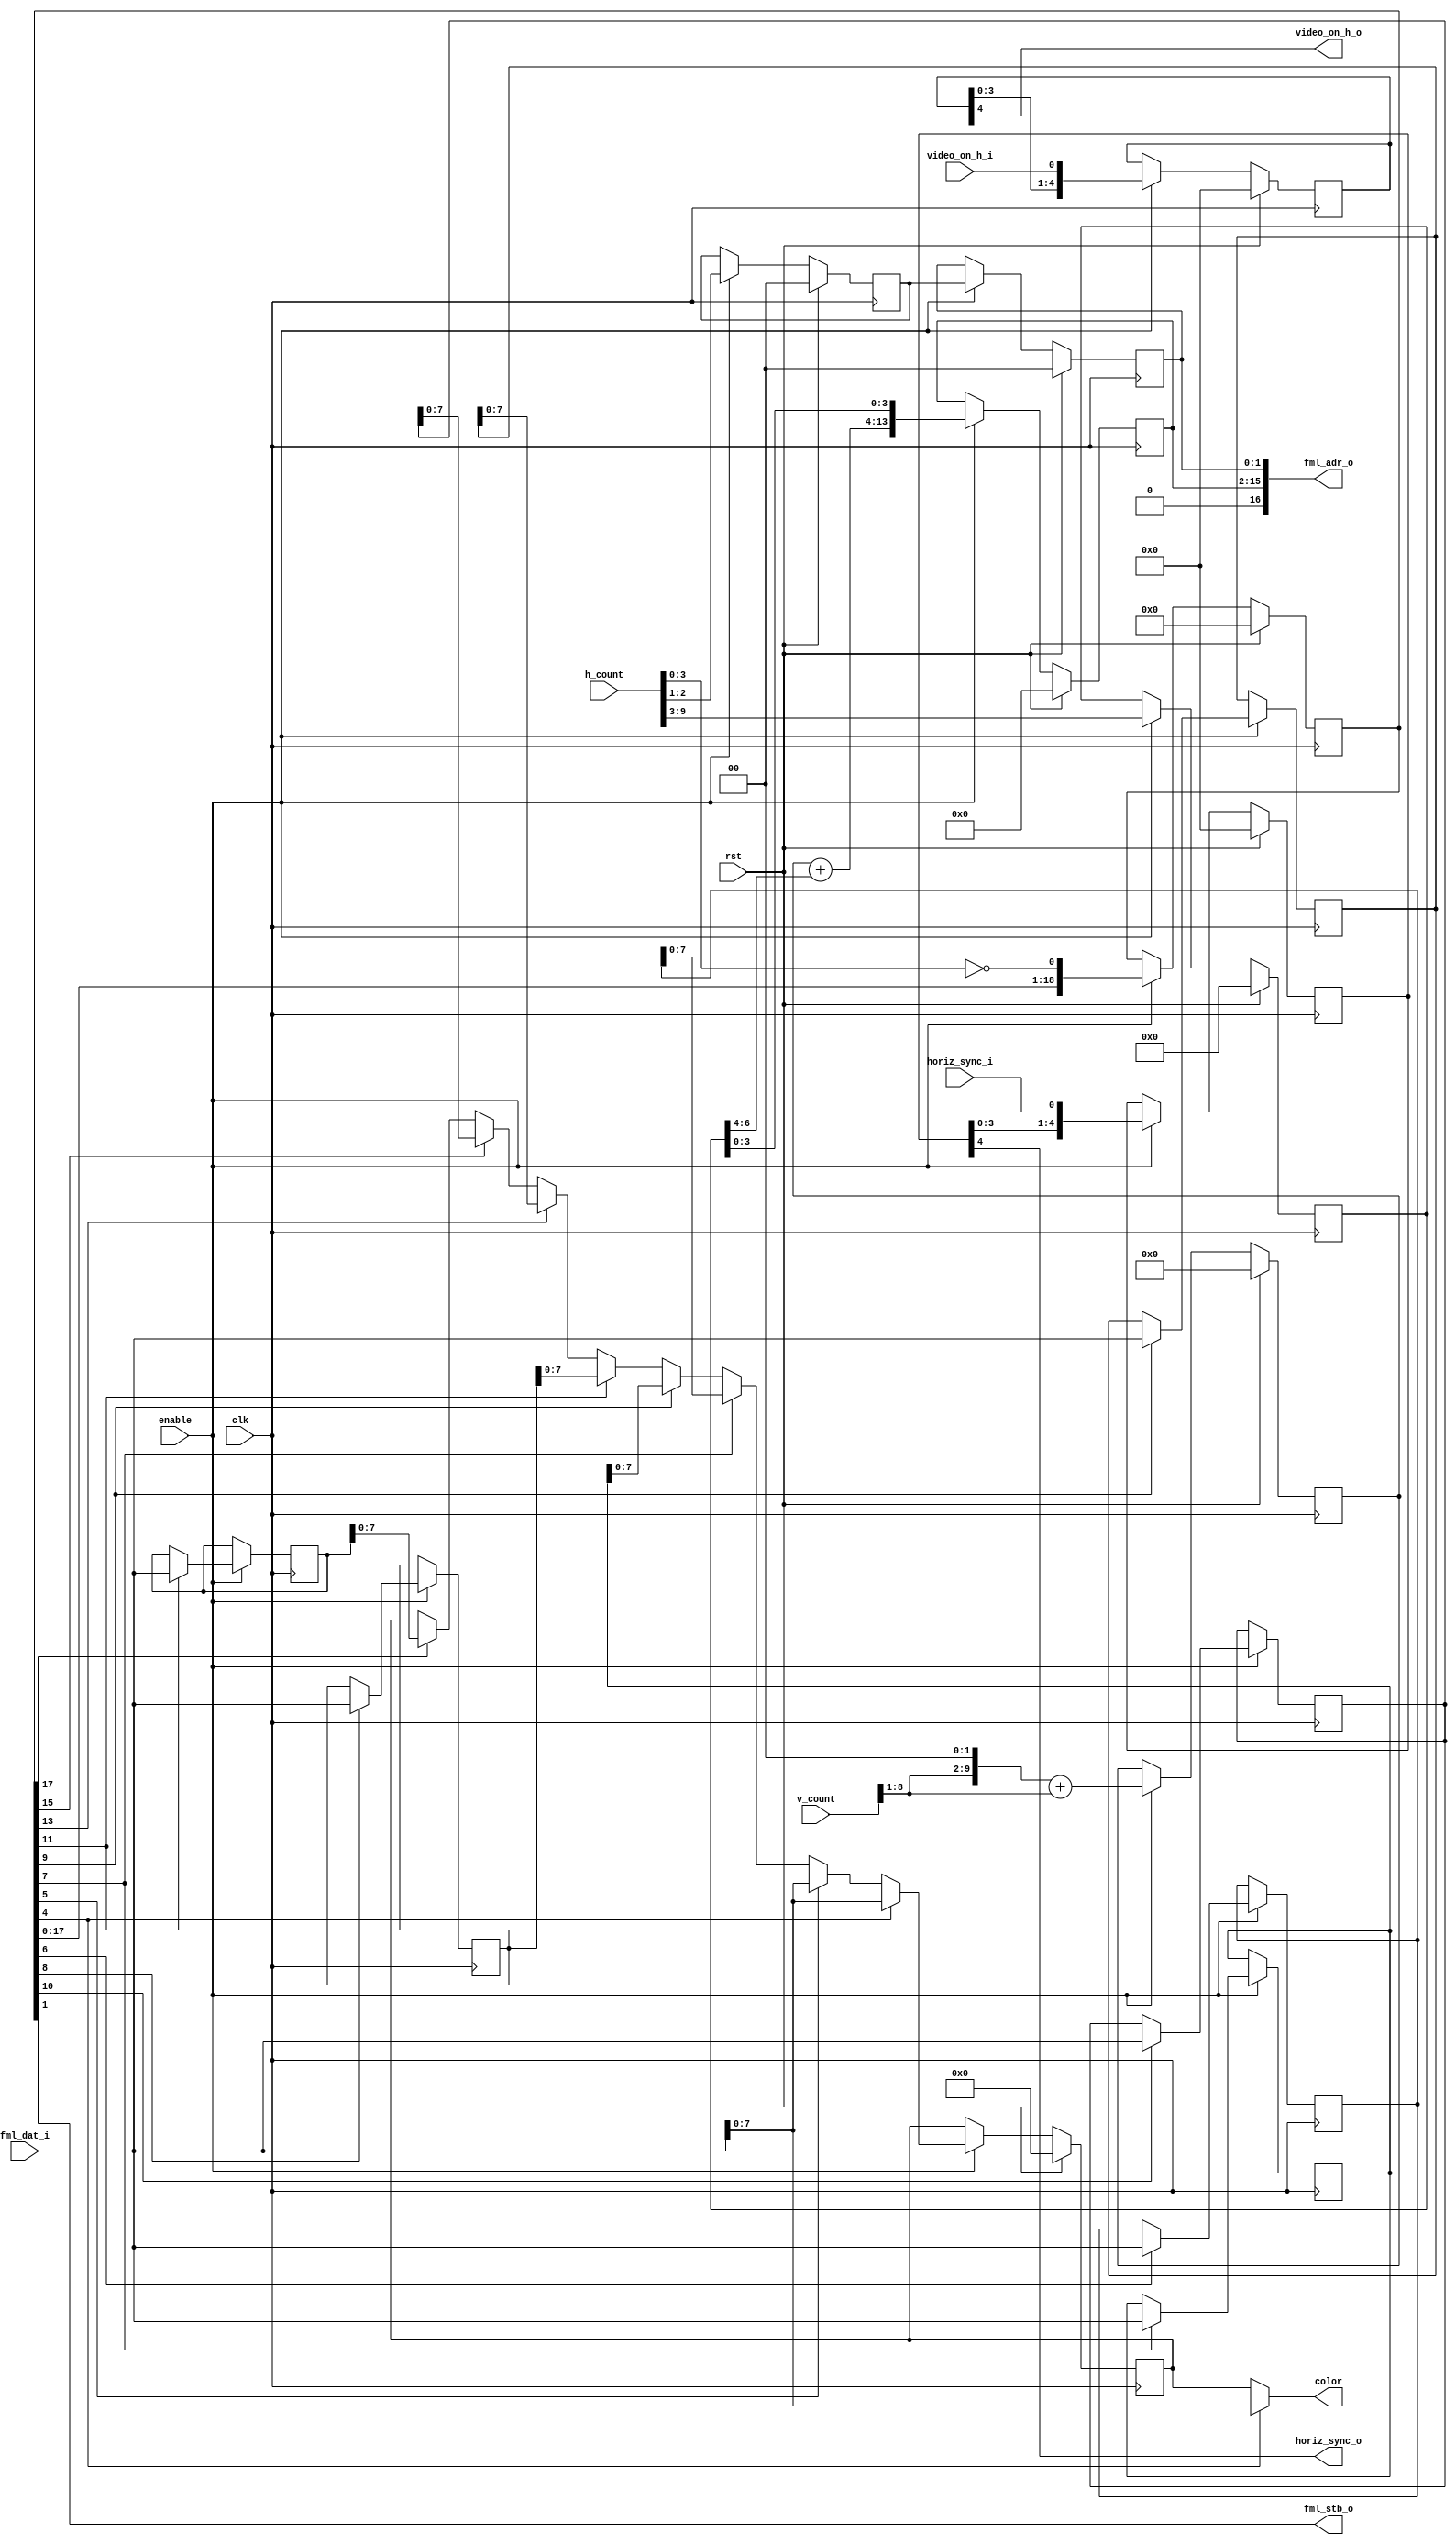
/*
 *  Linear mode graphics for VGA
 *  Copyright (C) 2010  Zeus Gomez Marmolejo <zeus@aluzina.org>
 *
 *  VGA FML support
 *  Copyright (C) 2013 Charley Picker <charleypicker@yahoo.com>
 *
 *  This file is part of the Zet processor. This processor is free
 *  hardware; you can redistribute it and/or modify it under the terms of
 *  the GNU General Public License as published by the Free Software
 *  Foundation; either version 3, or (at your option) any later version.
 *
 *  Zet is distrubuted in the hope that it will be useful, but WITHOUT
 *  ANY WARRANTY; without even the implied warranty of MERCHANTABILITY
 *  or FITNESS FOR A PARTICULAR PURPOSE. See the GNU General Public
 *  License for more details.
 *
 *  You should have received a copy of the GNU General Public License
 *  along with Zet; see the file COPYING. If not, see
 *  <http://www.gnu.org/licenses/>.
 */

module vga_linear_fml (
    input clk,
    input rst,
    
    input enable,

    // CSR slave interface for reading
    output [17:1] fml_adr_o,
    input  [15:0] fml_dat_i,
    output        fml_stb_o,

    input [9:0] h_count,
    input [9:0] v_count,
    input       horiz_sync_i,
    input       video_on_h_i,
    output      video_on_h_o,

    output [7:0] color,
    output       horiz_sync_o
  );

  // Registers
  reg [ 9:0] row_addr;
  reg [ 6:0] col_addr;
  reg [14:1] word_offset;
  reg [ 1:0] plane_addr;
  reg [ 1:0] plane_addr0;
  reg [ 7:0] color_l;
  
  reg  [ 15:0] fml1_dat;
  reg  [ 15:0] fml2_dat;
  reg  [ 15:0] fml3_dat;
  reg  [ 15:0] fml4_dat;
  reg  [ 15:0] fml5_dat;
  reg  [ 15:0] fml6_dat;
  reg  [ 15:0] fml7_dat;
  
  reg [4:0] video_on_h;
  reg [4:0] horiz_sync;
  reg [18:0] pipe;  

  // Continous assignments  
  assign fml_adr_o = { 1'b0, word_offset, plane_addr };
  assign fml_stb_o = pipe[1];
  
  assign color = pipe[4] ? fml_dat_i[7:0] : color_l;    
  
  assign video_on_h_o = video_on_h[4];
  assign horiz_sync_o = horiz_sync[4];

  // Behaviour
  // FML 8x16 pipeline count
  always @(posedge clk)
    if (rst)
      begin
        pipe <= 18'b0;    
      end
    else
      if (enable)
        begin
          pipe <= { pipe[17:0], (h_count[3:0]==4'h0) };
        end

  // Load FML 8x16 burst
  always @(posedge clk)
    if (enable)
      begin
        fml1_dat <= pipe[5]  ? fml_dat_i[15:0] : fml1_dat;
        fml2_dat <= pipe[6]  ? fml_dat_i[15:0] : fml2_dat;
        fml3_dat <= pipe[7]  ? fml_dat_i[15:0] : fml3_dat;
        fml4_dat <= pipe[8]  ? fml_dat_i[15:0] : fml4_dat;
        fml5_dat <= pipe[9]  ? fml_dat_i[15:0] : fml5_dat;
        fml6_dat <= pipe[10] ? fml_dat_i[15:0] : fml6_dat;
        fml7_dat <= pipe[11] ? fml_dat_i[15:0] : fml7_dat;
      end

  // video_on_h
  always @(posedge clk)
    if (rst)
      begin
        video_on_h <= 5'b0;
      end
    else
      if (enable)
        begin
          video_on_h <= { video_on_h[3:0], video_on_h_i };
        end

  // horiz_sync
  always @(posedge clk)
    if (rst)
      begin
        horiz_sync <= 5'b0;
      end
    else
      if (enable)
        begin
          horiz_sync <= { horiz_sync[3:0], horiz_sync_i };
        end

  // Address generation
  always @(posedge clk)
    if (rst)
      begin
        row_addr    <= 10'h0;
        col_addr    <= 7'h0;
        plane_addr0 <= 2'b00;
        word_offset <= 14'h0;
        plane_addr  <= 2'b00;
      end
    else
      if (enable)
        begin
          // Loading new row_addr and col_addr when h_count[3:0]==4'h0
          // v_count * 5 * 32
          row_addr    <= { v_count[8:1], 2'b00 } + v_count[8:1];
          col_addr    <= h_count[9:3];
          plane_addr0 <= h_count[2:1];

          word_offset <= { row_addr + col_addr[6:4], col_addr[3:0] };
          plane_addr  <= plane_addr0;
        end
 
 // color_l
  always @(posedge clk)
    if (rst)
      begin
        color_l <= 8'h0;
      end
    else
      if (enable)
        begin
          if (pipe[4])
            color_l <= fml_dat_i[7:0];
          else
          if (pipe[5])
            color_l <= fml_dat_i[7:0];
          else
          if (pipe[7])
            color_l <= fml2_dat[7:0];
          else
          if (pipe[9])
            color_l <= fml3_dat[7:0];
          else
          if (pipe[11])
            color_l <= fml4_dat[7:0];
          else
          if (pipe[13])
            color_l <= fml5_dat[7:0];
          else
          if (pipe[15])
            color_l <= fml6_dat[7:0];
          else
          if (pipe[17])
            color_l <= fml7_dat[7:0];
        end

endmodule